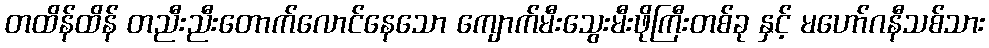
တထိန်ထိန် တညီးညီးတောက်လောင်နေသော ကျောက်မီးသွေးမီးဖိုကြီးတစ်ခု နှင့် မဟော်ဂနီသစ်သား